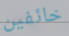
خائفين